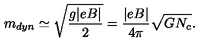
m _ { d y n } \simeq \sqrt { \frac { g | e B | } { 2 } } = \frac { | e B | } { 4 \pi } \sqrt { G N _ { c } } .